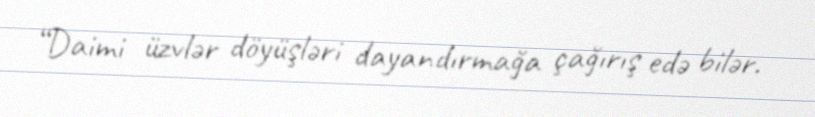
“Daimi üzvlər döyüşləri dayandırmağa çağırış edə bilər.